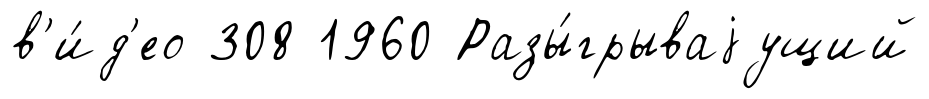
в'и́д'ео 308 1960 Разы́грываjущий